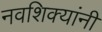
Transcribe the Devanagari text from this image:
नवशिक्यांनी